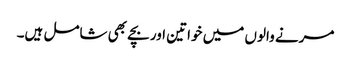
مرنے والوں میں خواتین اور بچے بھی شامل ہیں۔